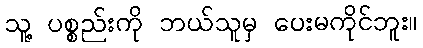
သူ့ ပစ္စည်းကို ဘယ်သူမှ ပေးမကိုင်ဘူး။